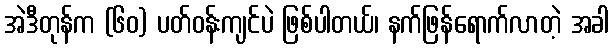
အဲဒီတုန်က (၆၀) ပတ်ဝန်းကျင်ပဲ ဖြစ်ပါတယ်၊ နက်ဖြန်ရောက်လာတဲ့ အခါ